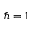
\hslash = 1